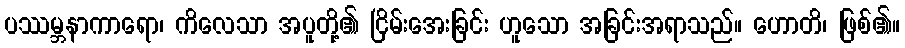
ပဿမ္ဘနာကာရော၊ ကိလေသာ အပူတို့၏ ငြိမ်းအေးခြင်း ဟူသော အခြင်းအရာသည်။ ဟောတိ၊ ဖြစ်၏။